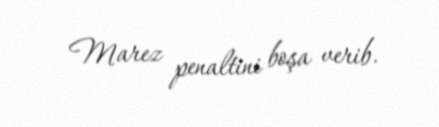
Marez penaltini boşa verib.